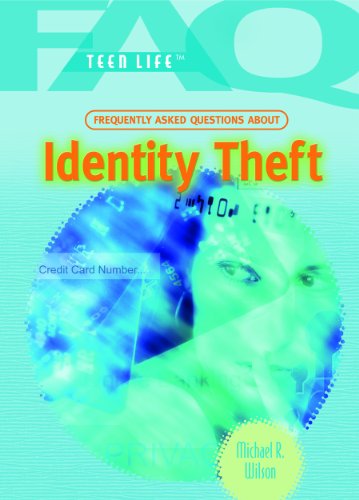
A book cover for Identity Theft (FAQ: Teen Life); Michael R. Wilson; Teen & Young Adult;